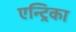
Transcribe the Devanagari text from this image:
एन्ट्रिका